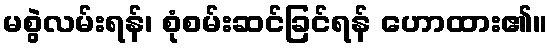
မစွဲလမ်းရန်၊ စုံစမ်းဆင်ခြင်ရန် ဟောထား၏။